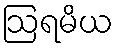
ဩရမိယ